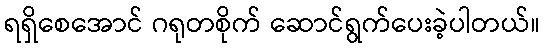
ရရှိစေအောင် ဂရုတစိုက် ဆောင်ရွက်ပေးခဲ့ပါတယ်။